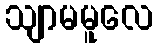
သျာမမူလေ